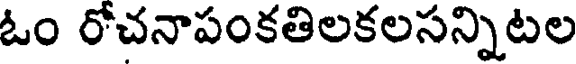
ఓం రోచనాపంకతిలకలసన్నిటల